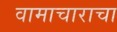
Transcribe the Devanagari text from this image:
वामाचाराचा